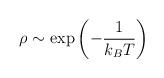
LaTeX: \begin{align*}\rho\sim \exp \left(-\frac{1}{k_{B}T}\right)\end{align*}